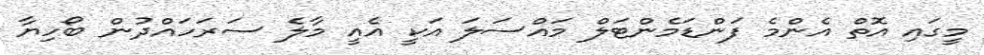
މީގައި އޮތް އެންމެ ފަންޑަމެންޓަލް މައްސަލަ އަކީ އެއީ މާލެ ސަރަހައްދުން ބޯހިޔާ